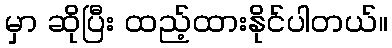
မှာ ဆိုပြီး ထည့်ထားနိုင်ပါတယ်။